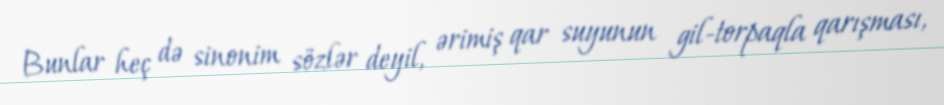
Bunlar heç də sinonim sözlər deyil, ərimiş qar suyunun gil-torpaqla qarışması,